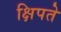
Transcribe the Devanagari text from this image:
क्षिपते